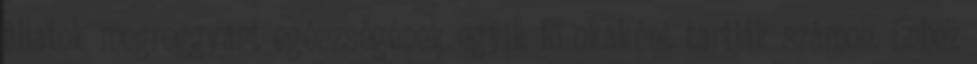
állatok megroggyant egészségének egyik fő okaként tartják számon. Ehhez